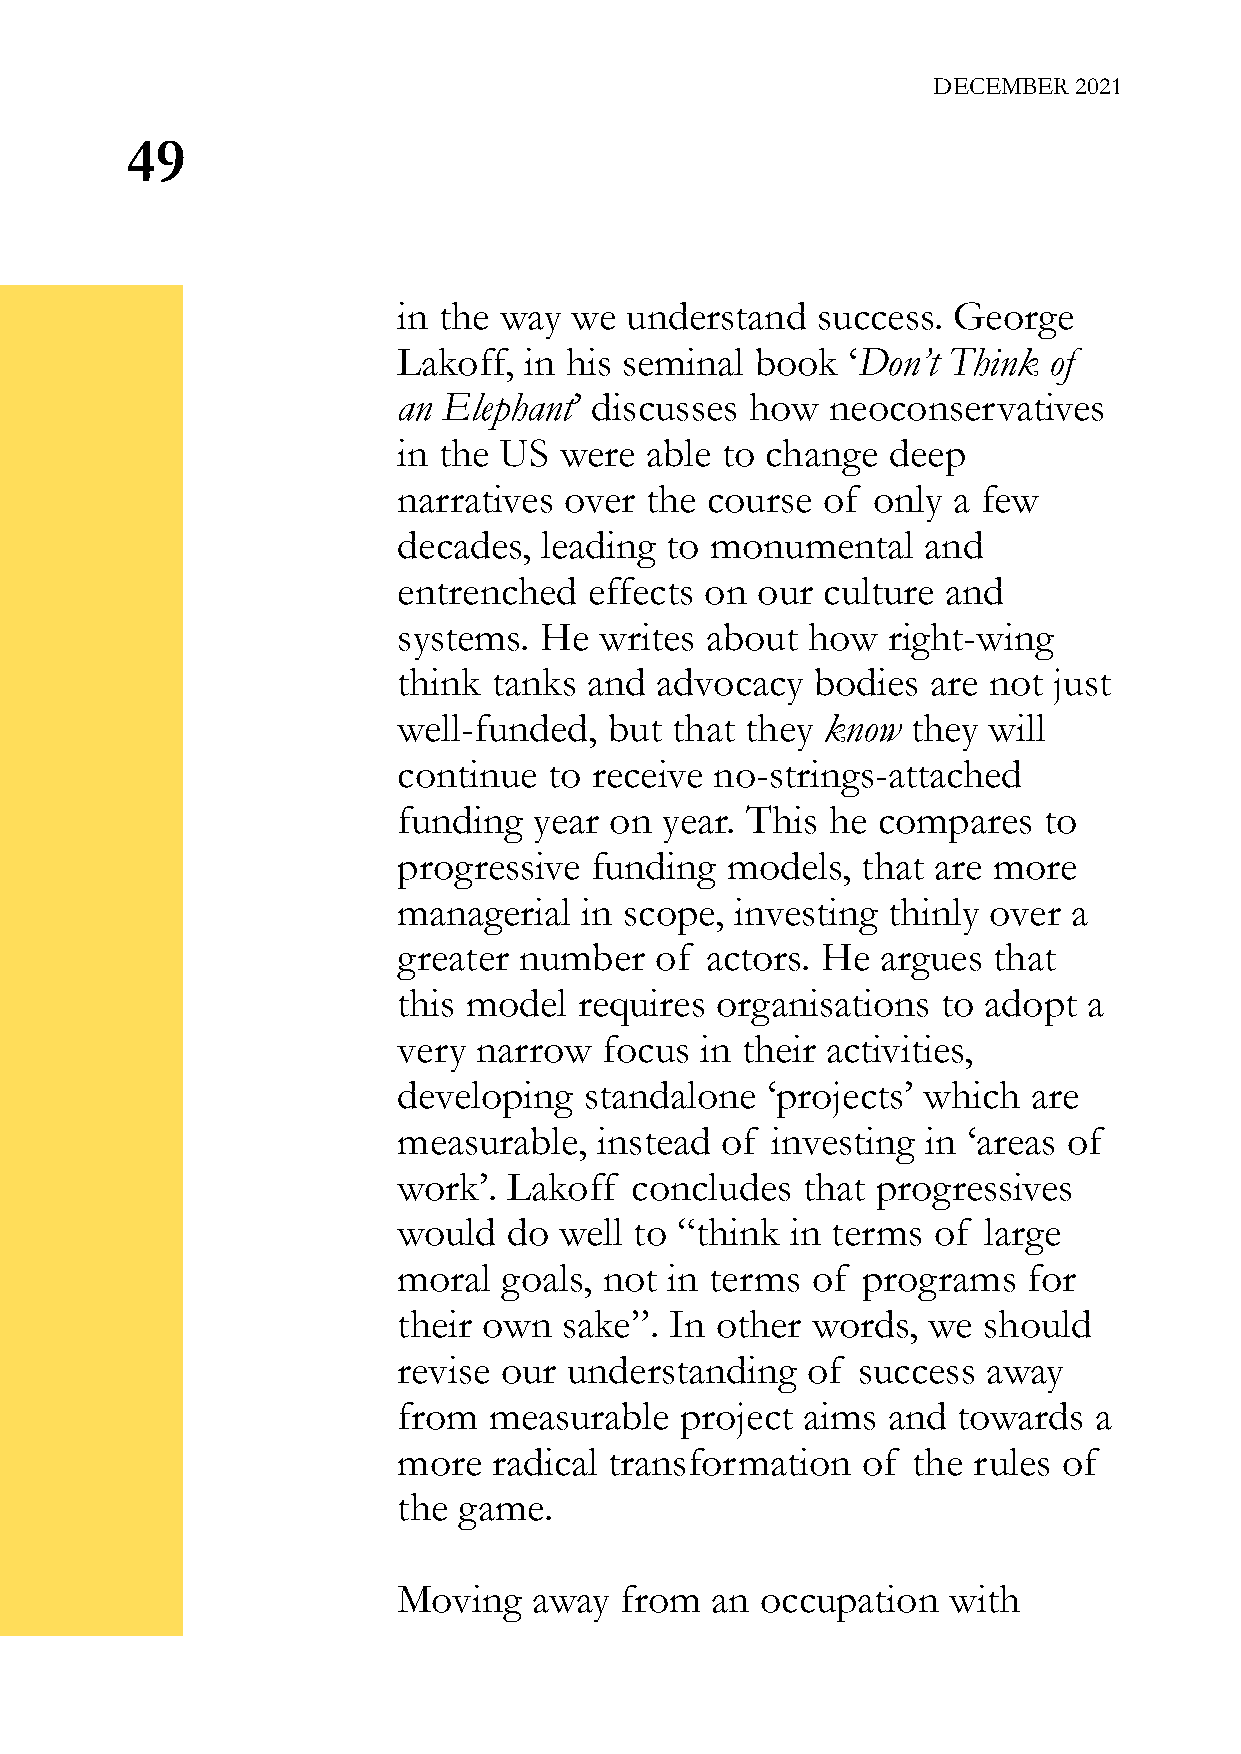
DECEMBER 2021
 49
 in the way  we understand   success. George
 Lakoff,  in his seminal book  ‘Don’t Think of
 an Elephant’ discusses  how  neoconservatives
 in the US  were  able to change  deep
 narratives over  the course of  only a few
 decades,  leading to monumental    and
 entrenched   effects on our culture  and
 systems.  He  writes about how   right-wing
 think  tanks and advocacy   bodies  are not just
 well-funded,  but that they know  they will
 continue  to receive no-strings-attached
 funding  year on  year. This he compares   to
 progressive  funding  models,  that are more
 managerial  in scope,  investing thinly over a
 greater number   of  actors. He argues  that
 this model  requires organisations  to adopt  a
 very  narrow  focus in their activities,
 developing   standalone  ‘projects’ which are
 measurable,   instead of investing in ‘areas of
 work’.  Lakoff  concludes  that progressives
 would   do well to “think in terms  of large
 moral  goals, not in terms  of programs   for
 their own  sake”. In other  words, we  should
 revise our  understanding  of  success away
 from  measurable   project aims  and towards  a
 more   radical transformation  of the rules of
 the game.
 Moving   away  from  an occupation   with